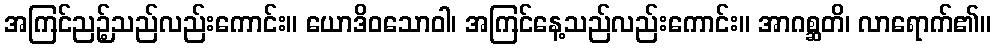
အကြင်ညဉ့်သည်လည်းကောင်း။ ယောဒိဝသောဝါ၊ အကြင်နေ့သည်လည်းကောင်း။ အာဂစ္ဆတိ၊ လာရောက်၏။